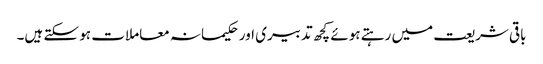
باقی شریعت میں رہتے ہوئے کچھ تدبیری اور حکیمانہ معاملات ہو سکتے ہیں۔